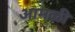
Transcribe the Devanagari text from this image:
आमळी